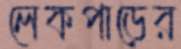
লেকপাড়ের